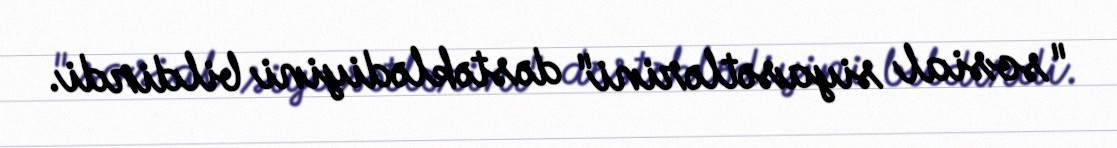
"sosial siyasətlərini" dəstəklədiyini bildirdi.